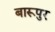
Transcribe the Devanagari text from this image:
बारूपुर